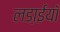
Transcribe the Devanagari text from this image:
लडा़ईयाँ